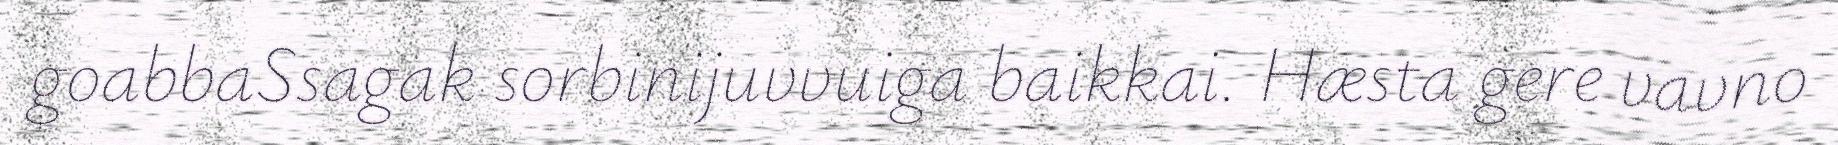
goabbaSsagak sorbinijuvvuiga baikkai. Hæsta gere vavno